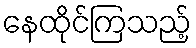
နေထိုင်ကြသည့်